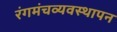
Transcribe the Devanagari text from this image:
रंगमंचव्यवस्थापन